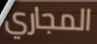
المجاري